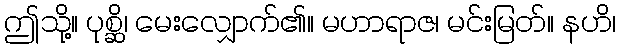
ဤသို့။ ပုစ္ဆိ၊ မေးလျှောက်၏။ မဟာရာဇ၊ မင်းမြတ်။ နဟိ၊